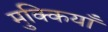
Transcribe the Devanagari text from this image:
मुक्कियाँ